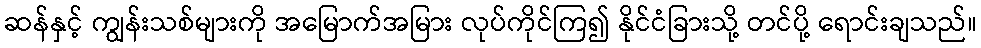
ဆန်နှင့် ကျွန်းသစ်များကို အမြောက်အမြား လုပ်ကိုင်ကြ၍ နိုင်ငံခြားသို့ တင်ပို့ ရောင်းချသည်။